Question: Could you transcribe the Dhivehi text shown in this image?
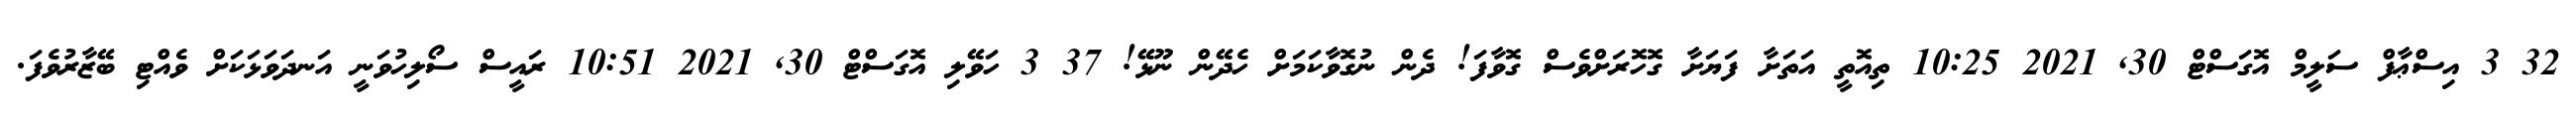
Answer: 32 3 އިސްޢާފް ސަލީމް އޮގަސްޓް 30, 2021 10:25 ތިއޮތީ އަތަށާ ފަޔަށާ ގޮހޮރަށްވެސް ގޮވާފަ! ދެން ނުގޮވާކަމަށް ހެދޭން ނޫޅޭ! 37 3 ހަވޭލި އޮގަސްޓް 30, 2021 10:51 ރައީސް ސޯލިހުވަނީ އަނދަވަޅަކަށް ވެއްޓި ބޭޒާރުވެފަ.